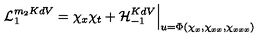
{ \cal L } _ { 1 } ^ { m _ { 2 } K d V } = \chi _ { x } \chi _ { t } + { \cal H } _ { - 1 } ^ { K d V } \Big | _ { u = \Phi ( \chi _ { x } , \chi _ { x x } , \chi _ { x x x } ) }